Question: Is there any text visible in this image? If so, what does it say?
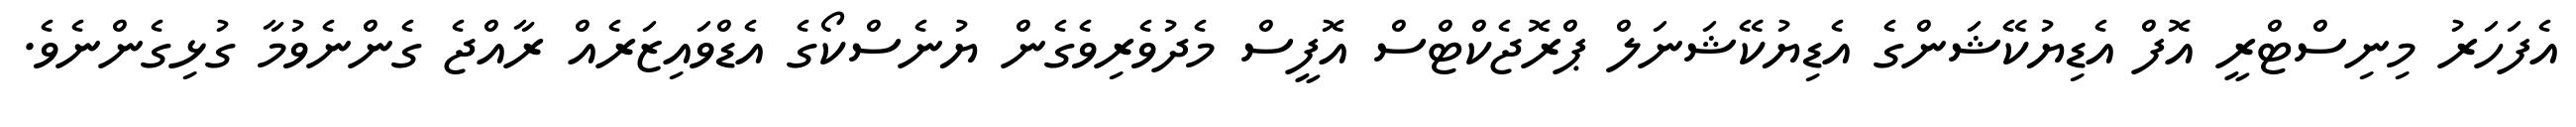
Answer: އެފަހަރު މިނިސްޓްރީ އޮފް އެޑިޔުކޭޝަންގެ އެޑިޔުކޭޝަނަލް ޕްރޮޖެކްޓްސް އޮފީސް މެދުވެރިވެގެން ޔުނެސްކޯގެ އެޑްވައިޒަރެއް ރާއްޖެ ގެންނެވުމާ ގުޅިގެންނެވެ.